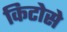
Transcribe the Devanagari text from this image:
किटोसे